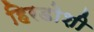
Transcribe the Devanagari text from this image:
हिरडोशी